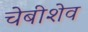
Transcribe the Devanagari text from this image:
चेबीशेव